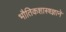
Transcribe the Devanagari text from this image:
भौतिकशास्त्रज्ञाने